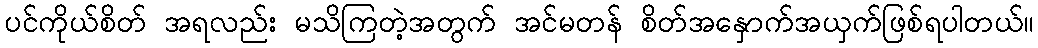
ပင်ကိုယ်စိတ် အရလည်း မသိကြတဲ့အတွက် အင်မတန် စိတ်အနှောက်အယှက်ဖြစ်ရပါတယ်။